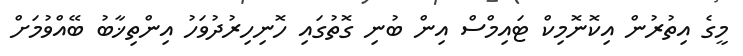
މީގެ އިތުރުން އިކޮނޮމިކް ޓައިމްސް އިން ބުނި ގޮތުގައި ހޮނިހިރުދުވަހު އިންތިޚާބު ބޭއްވުމަށް